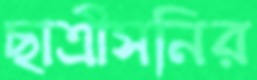
ছাত্রীসনির